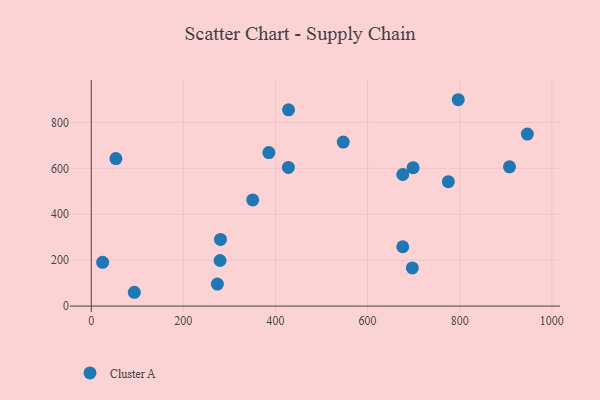
{"axis": {"x": "Engine Size", "y": "Demand"}, "legend": ["Cluster A"], "data": [{"x": "908.1", "y": 606.7, "type": "Cluster A"}, {"x": "676.3", "y": 258.3, "type": "Cluster A"}, {"x": "24.7", "y": 190.4, "type": "Cluster A"}, {"x": "698.8", "y": 602.9, "type": "Cluster A"}, {"x": "547.1", "y": 714.4, "type": "Cluster A"}, {"x": "428.0", "y": 603.8, "type": "Cluster A"}, {"x": "280.6", "y": 290.3, "type": "Cluster A"}, {"x": "697.1", "y": 166.0, "type": "Cluster A"}, {"x": "676.4", "y": 573.2, "type": "Cluster A"}, {"x": "775.3", "y": 541.7, "type": "Cluster A"}, {"x": "428.3", "y": 854.6, "type": "Cluster A"}, {"x": "279.7", "y": 198.4, "type": "Cluster A"}, {"x": "946.9", "y": 749.2, "type": "Cluster A"}, {"x": "385.6", "y": 668.8, "type": "Cluster A"}, {"x": "53.5", "y": 642.4, "type": "Cluster A"}, {"x": "796.8", "y": 898.8, "type": "Cluster A"}, {"x": "93.5", "y": 60.1, "type": "Cluster A"}, {"x": "273.9", "y": 95.6, "type": "Cluster A"}, {"x": "350.6", "y": 462.5, "type": "Cluster A"}]}